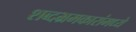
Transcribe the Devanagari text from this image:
शब्दभ्रमकारांमध्ये